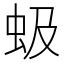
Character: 𫊩